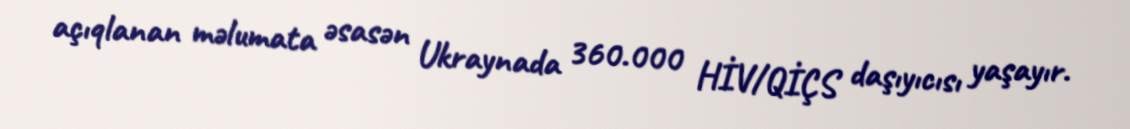
açıqlanan məlumata əsasən Ukraynada 360.000 HİV/QİÇS daşıyıcısı yaşayır.